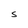
Character: S